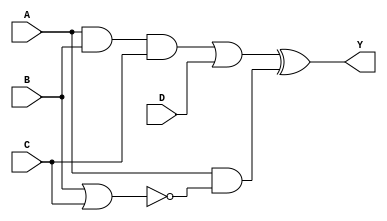
`timescale 1ns/1ps

// Renomeao de output Z para Y
module systemx
    (output wire Y,
    input wire A, B, C, D);
 
    wire E, F0, F;
  
    assign #5 E = (A && B && C) || D;
  	assign #5 F0 = A ~& (B ~| C);
  	assign #2 F = ~F0;
  
    assign #5 Y = E ^ F;

endmodule